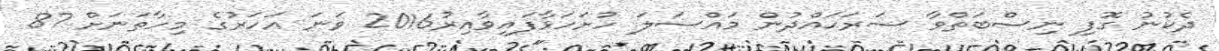
ދެކުނު ގޮފި ނިސްބަތްވާ ސަރަޙައްދުން މައްސަލަ ހުށަހަޅާފައިވާއިރު2016 ވަނަ އަހަރުގެ މިހާތަނަށް 87